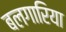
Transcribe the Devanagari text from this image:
बलगारिया